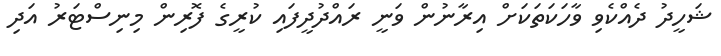
ޝަހީދު ދެއްކެވި ވާހަކަތަކަށް އިރާނުން ވަނީ ރައްދުދީފައި ކުރީގެ ފޮރިން މިނިސްޓަރު އަދި